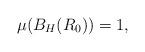
LaTeX: \begin{align*} \mu(B_H(R_0))=1,\end{align*}